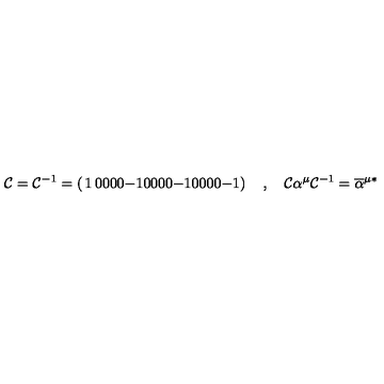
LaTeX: { \cal C } = { \cal C } ^ { - 1 } = \left( \begin{matrix} { 1 } & { 0 } & { 0 } & { 0 } \\ { 0 } & { - 1 } & { 0 } & { 0 } \\ { 0 } & { 0 } & { - 1 } & { 0 } \\ { 0 } & { 0 } & { 0 } & { - 1 } \\ \end{matrix} \right) \quad , \quad { \cal C } \alpha ^ { \mu } { \cal C } ^ { - 1 } = \overline { { \alpha } } ^ { \mu \ast }